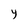
Character: y